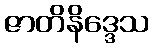
ဇာတိနိဒ္ဒေသ